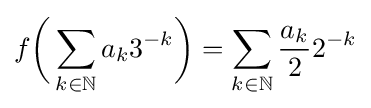
f{\bigg (}\sum _{k\in \mathbb {N} }a_{k}3^{-k}{\bigg )}=\sum _{k\in \mathbb {N} }{\frac {a_{k}}{2}}2^{-k}